Sanitation, dispensaries and jails vaccination Rajputana 1922-1927 - 1922-1927
Year: 1922
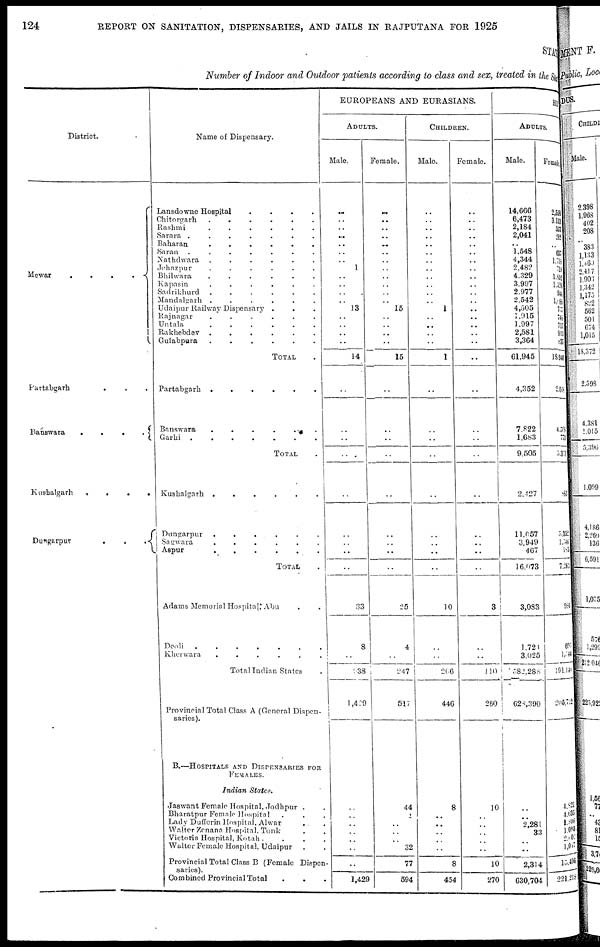
124
REPORT ON SANITATION, DISPENSARIES, AND JAILS IN RAJPUTANA FOR 1925
STATE
Number of Indoor and Outdoor patients according to class and sex, treated in the State,
District.
Mewar
....
Partabgarh
...
Banswara
....
Kushalgarh
....
Dungarpur
...
Name of Dispensary.
Lansdowne Hospital
....
Chitorgarh
......
Rashmi
......
Sarara
.......
Baharan
......
Saran
.......
Nathdwara
......
Jehazpur
......
Bhilwara
......
Kapasin
......
Sadrikhurd
......
Mandalgarh
......
Udaipur Railway Dispensary ...
Rajnagar
......
Untala
......
Rakhebdev
......
Gulabpura
......
TOTAL .
Partabgarh
......
Banswara
......
Garhi ......
TOTAL .
Kushalgarh
......
Dungarpur
......
Sagwara
......
Aspur
......
TOTAL .
Adams Memorial Hospital, Abu
Deoli
.......
Kherwara
......
Total Indian States
Provincial Total Class A (General Dispen-
saries).
B.—HOSPITALS AND DISPENSARIES FOR
FEMALES.
Indian
States.
Jaswant Female Hospital, Jodhpur ..
Bharatpur Female Hospital ...
Lady Dufferin Hospital, Alwar ..
Walter Zenana Hospital, Tonk ..
Victoria Hospital, Kotah
....
Walter Female Hospital, Udaipur
Provincial Total Class B (Female Dispen¬
saries).
Combined Provincial Total
...
EUROPEANS AND EURASIANS.
ADULTS.
Male.
..
..
..
..
..
..
..
1
..
..
..
..
13
..
..
..
..
14
..
..
..
..
..
..
..
..
..
33
8
..
938
1,429
..
..
..
..
..
..
..
1,429
Female.
..
..
..
..
..
..
..
..
..
..
..
..
15
..
..
..
..
15
..
..
..
..
..
..
..
..
..
25
4
..
247
517
44
1
..
..
..
32
77
694
CHILDREN.
Male.
..
..
..
..
..
..
..
..
..
..
..
..
1
..
..
..
..
1
..
..
..
..
..
..
..
..
..
10
..
..
266
446
8
..
..
..
..
..
8
454
Female.
..
.. ..
..
..
..
..
..
..
..
..
..
..
..
..
..
..
..
..
..
..
..
..
..
..
..
..
3
..
..
110
260
10
..
..
..
..
..
10
270
HIN
ADULTS.
Male.
14,666
6,473
2,184
2,041
..
1,548
4,344
2,482
4,329
3,997
2,977
2,542
4,505
1,915
1,997
2,581
3,364
61,945
4,352
7,822
1,683
9,505
2,427
11,657
3,949
467
16,073
3,083
1,721
3,025
582,288
628,390
..
..
2,281
33
..
..
2,314
630,704
Female.
2,558
3,113
537
282
..
637
1,718
719
1,852
1,520
944
1, 088
757
745
717
913
837
18,940
2,096
4,598
773
5, 371
883
5,352
1,746
185
7,283
980
695
1,544
391,140
206,722
4,821
4,035
1,896
1,095
2,602
1,047
15,496
221,218